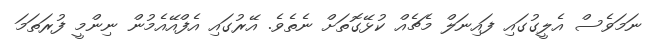
ނަމަވެސް އެލީގުގައި ފައިނަލް މެޗެއް ކުޅޭގޮތަށް ނެތެވެ. އޭރުގައި އެފްއޭއެމުން ނިންމީ ފުރަތަމަ